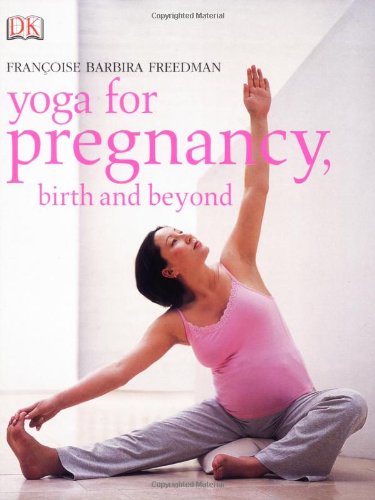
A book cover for Yoga for Pregnancy, Birth, and Beyond; Francoise Barbira Freedman; Health, Fitness & Dieting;